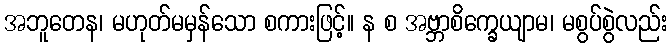
အဘူတေန၊ မဟုတ်မမှန်သော စကားဖြင့်။ န စ အဗ္ဘာစိက္ခေယျာမ၊ မစွပ်စွဲလည်း